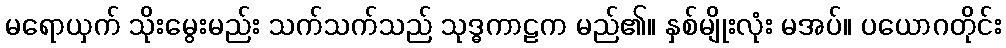
မရောယှက် သိုးမွေးမည်း သက်သက်သည် သုဒ္ဓကာဠက မည်၏။ နှစ်မျိုးလုံး မအပ်။ ပယောဂတိုင်း